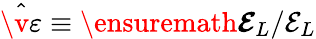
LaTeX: \hat{\v{\varepsilon}}\equiv\ensuremath{\boldsymbol{\mathcal{E}}}_{L}/\mathcal{E}_{L}